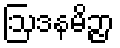
ဩဒနမိဉ္ဇာ